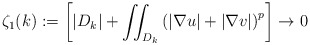
\begin{align*}\zeta_{1}(k):=\left[ \left\vert D_{k}\right\vert +{\displaystyle\iint_{D_{k}}}\left( \left\vert \nabla u\right\vert +\left\vert \nabla v\right\vert\right) ^{p}\right] \rightarrow0 \end{align*}